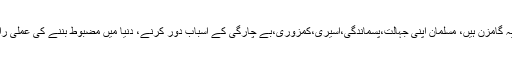
دنیا کے عیسائی،یہودی،لا مذہب تو ترقی کے سفر پہ گامزن ہیں، مسلمان اپنی جہالت،پسماندگی،اسیری،کمزوری،بے چارگی کے اسباب دور کرنے، دنیا میں مضبوط بننے کی عملی راہیں اختیار کرنے پہ توجہ دیں تو عین مناسب ہو گا ۔